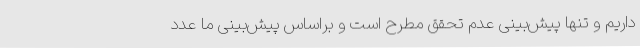
داریم و تنها پیش‌بینی عدم تحقق مطرح است و براساس پیش‌بینی ما عدد